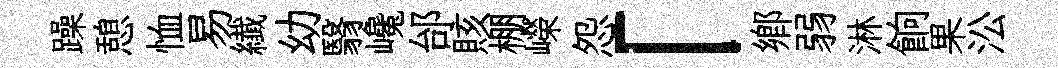
躁憩恤易纎幼翳巉邰賅棚嶸怨「鄉弱淋餉果㳂